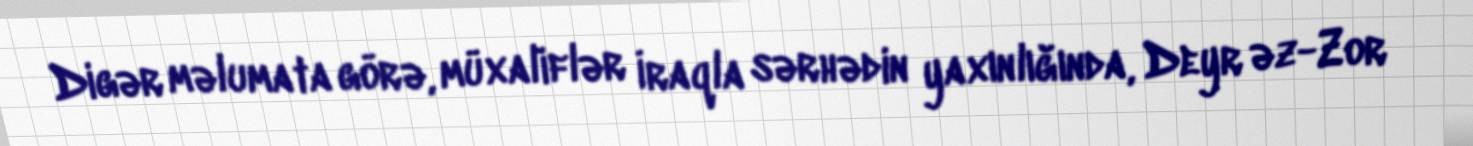
Digər məlumata görə, müxaliflər İraqla sərhədin yaxınlığında, Deyr əz-Zor